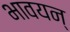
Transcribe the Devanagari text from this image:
भावयन्